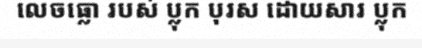
លេចធ្លោ របស់ ប្លុក បុរស ដោយសារ ប្លុក